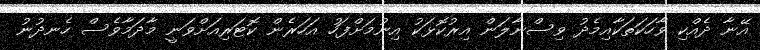
އޭނާ ދެއްކި ވާހަކަތަކާއިމެދު ވިސްނާލަން އިރުކޮޅަކު އިނުމަށްފަހު އަހަރެން ކޮޓަރިއަށްވަނީ މާދަމާވެސް ހެނދުނު